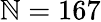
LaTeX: \mathbb{N}=167